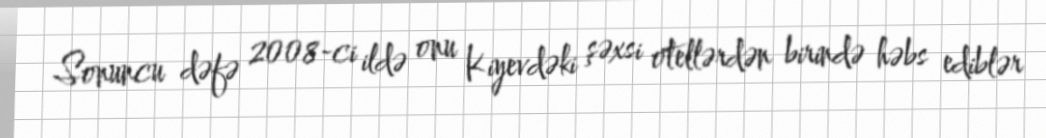
Sonuncu dəfə 2008-ci ildə onu Kiyevdəki şəxsi otellərdən birində həbs ediblər